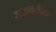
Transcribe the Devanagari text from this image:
समवर्तनम्